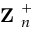
\textbf { Z } _ { n } ^ { + }